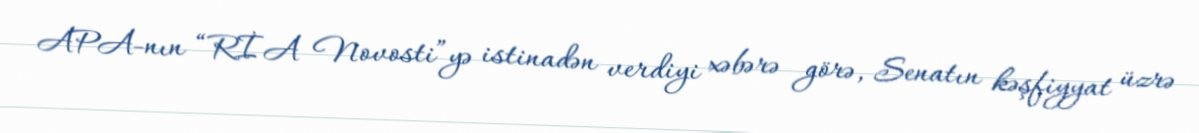
APA-nın “RİA Novosti”yə istinadən verdiyi xəbərə görə, Senatın kəşfiyyat üzrə